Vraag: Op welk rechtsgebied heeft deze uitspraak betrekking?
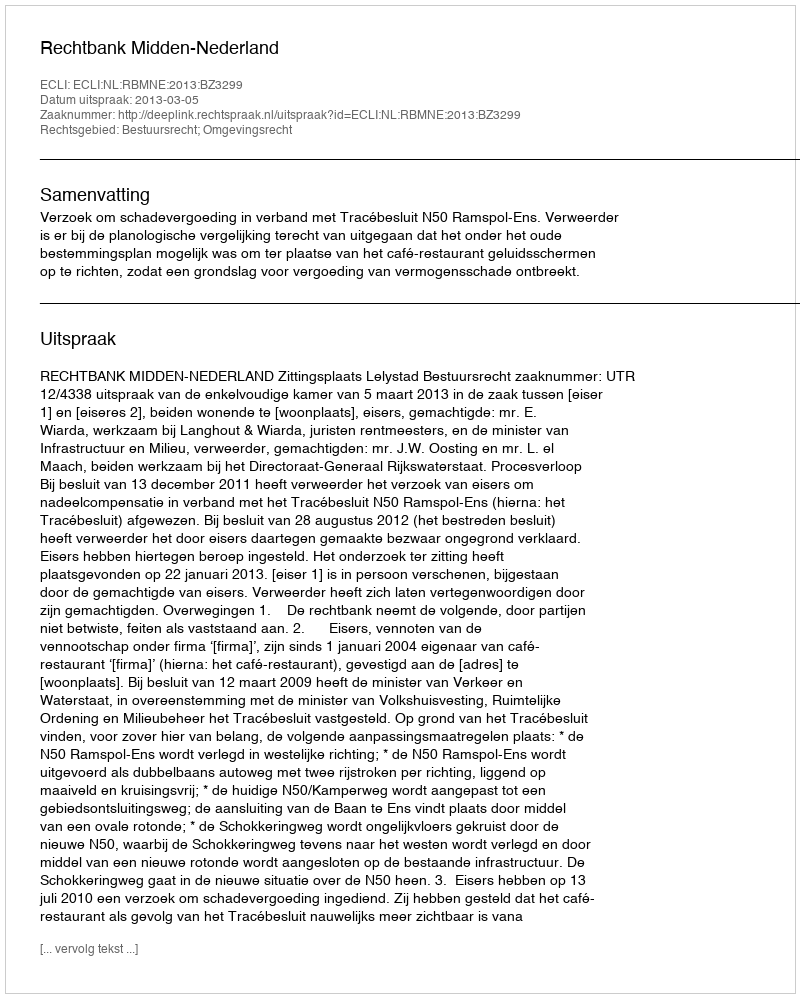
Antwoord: Bestuursrecht; Omgevingsrecht